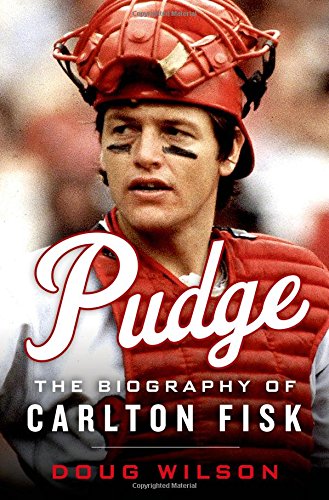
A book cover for Pudge: The Biography of Carlton Fisk; Doug Wilson; Biographies & Memoirs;